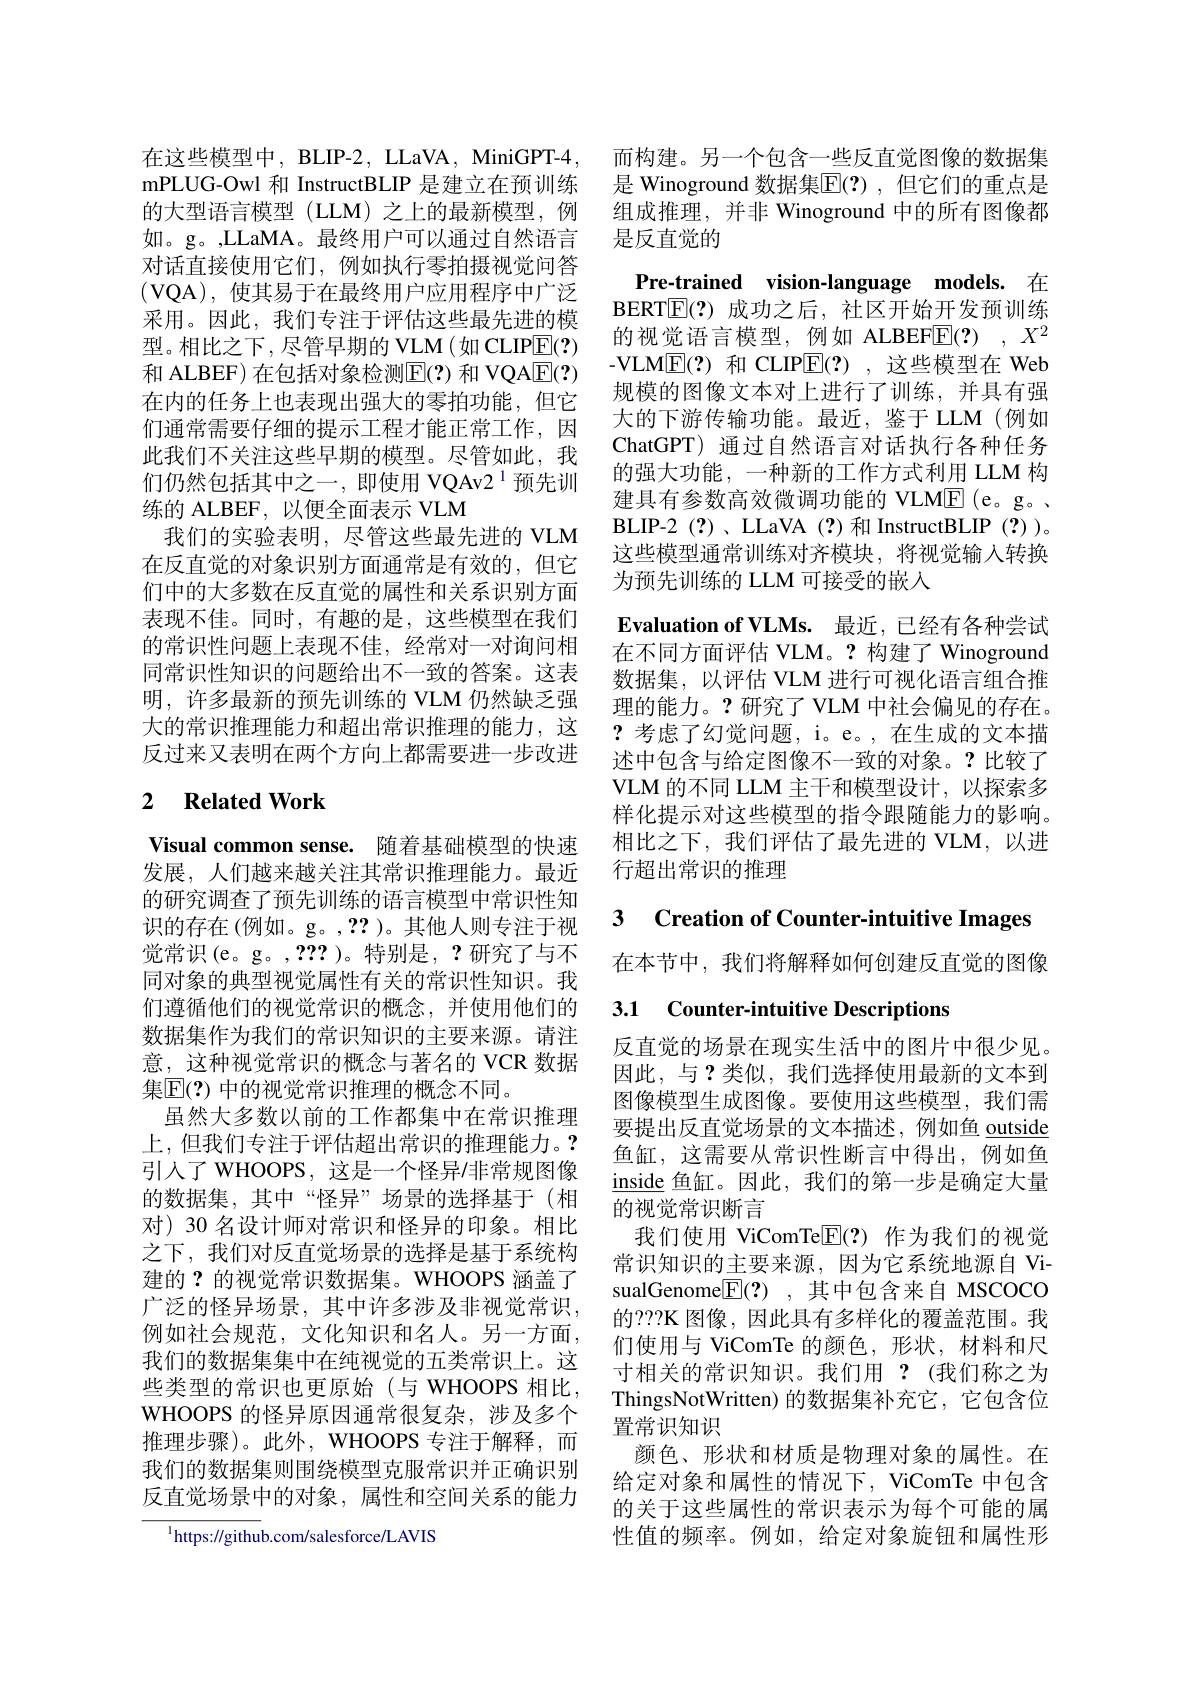
的大型语言模型(LLM)之上的最新模型，例如。g。,LLaMA。最终用户可以通过自然语言对话直接使用它们，例如执行零拍摄视觉问答(VQA),使其易于在最终用户应用程序中广泛采用。因此，我们专注于评估这些最先进的模型。相比之下，尽管早期的 VLM(如 CLIPE(?) 和 ALBEF) 在包括对象检测$\mathbb{E}(?)$ 和 VQA$\mathbb{E}(?)$ 在内的任务上也表现出强大的零拍功能，但它们通常需要仔细的提示工程才能正常工作，因此我们不关注这些早期的模型。尽管如此，我们仍然包括其中之一，即使用 VQAv2$^{1}$预先训练的 ALBEF, 以便全面表示 VLM
我们的实验表明，尽管这些最先进的 VLM 在反直觉的对象识别方面通常是有效的，但它们中的大多数在反直觉的属性和关系识别方面表现不佳。同时，有趣的是，这些模型在我们的常识性问题上表现不佳，经常对一对询问相同常识性知识的问题给出不一致的答案。这表明，许多最新的预先训练的 VLM 仍然缺乏强大的常识推理能力和超出常识推理的能力，这反过来又表明在两个方向上都需要进一步改进

## 2 $\textbf{Related Work}$

Visual common sense. 随着基础模型的快速发展，人们越来越关注其常识推理能力。最近的研究调查了预先训练的语言模型中常识性知识的存在(例如。g。,??)。其他人则专注于视觉常识(e。g。,??? )。特别是，?研究了与不同对象的典型视觉属性有关的常识性知识。我们遵循他们的视觉常识的概念，并使用他们的数据集作为我们的常识知识的主要来源。请注意，这种视觉常识的概念与著名的 VCR 数据集$\mathbb{E}(?)$ 中的视觉常识推理的概念不同。
虽然大多数以前的工作都集中在常识推理上，但我们专注于评估超出常识的推理能力。? 引入了 WHOOPS, 这是一个怪异/非常规图像的数据集，其中“怪异”场景的选择基于(相对)30名设计师对常识和怪异的印象。相比之下，我们对反直觉场景的选择是基于系统构建的？的视觉常识数据集。WHOOPS 涵盖了广泛的怪异场景，其中许多涉及非视觉常识， 例如社会规范，文化知识和名人。另一方面， 我们的数据集集中在纯视觉的五类常识上。这些类型的常识也更原始(与 WHOOPS 相比， WHOOPS 的怪异原因通常很复杂，涉及多个推理步骤)。此外，WHOOPS 专注于解释，而我们的数据集则围绕模型克服常识并正确识别反直觉场景中的对象，属性和空间关系的能力

$^{\mathrm{l}}$https://github.com/salesforce/LAVIS

在这些模型中，BLIP-2, LLaVA, MiniGPT-4, 而构建。另一个包含一些反直觉图像的数据集mPLUG-Owl 和 InstructBLIP 是建立在预训练 是 Winoground 数据集$\overline{\mathrm{E}}(?)$, 但它们的重点是
组成推理，并非 Winoground 中的所有图像都
是反直觉的

Pre-trained vision-language models. 在BERT$\boxed{\mathbb{E}}(?)$成功之后，社区开始开发预训练的视觉语言模型，例如 ALBEFE(?) $,X^2$ -VLM$\underline{\mathrm{E}}(?)$和 CLIP$\underline{\mathrm{E}}(?)$,这些模型在 Web 规模的图像文本对上进行了训练，并具有强大的下游传输功能。最近，鉴于LLM(例如ChatGPT) 通过自然语言对话执行各种任务的强大功能，一种新的工作方式利用 LLM 构建具有参数高效微调功能的 VLME(e。g。. BLIP-2(?)、LLaVA(?)和 InstructBLIP(?))。这些模型通常训练对齐模块，将视觉输入转换为预先训练的 LLM 可接受的嵌人
$\textbf{Evaluation of VLMs. 最 近 , 已 经 有 各 种 尝 试 }$ 在不同方面评估 VLM。?构建了 Winoground 数据集，以评估 VLM 进行可视化语言组合推理的能力。?研究了 VLM 中社会偏见的存在。?考虑了幻觉问题，i。e。,在生成的文本描述中包含与给定图像不一致的对象。?比较了VLM 的不同 LLM 主干和模型设计，以探索多样化提示对这些模型的指令跟随能力的影响。相比之下，我们评估了最先进的 VLM,以进行超出常识的推理

3 Creation of Counter-intuitive Images

在本节中，我们将解释如何创建反直觉的图像

3.1 Counter-intuitive Descriptions

反直觉的场景在现实生活中的图片中很少见。因此，与？类似，我们选择使用最新的文本到图像模型生成图像。要使用这些模型，我们需要提出反直觉场景的文本描述，例如鱼\_outside 鱼缸，这需要从常识性断言中得出，例如鱼$\underline{\mathrm{inside}}\underline{\text{鱼缸。因此，我们的第一步是确定大量}}$ 的视觉常识断言
我们使用 ViComTe$\boxed{\mathrm{F}}(?)$作为我们的视觉常识知识的主要来源，因为它系统地源自 VisualGenome$\boxed{\mathrm{F} }( ? )$ ,其中包含来自 MSCOCO 的？??K 图像，因此具有多样化的覆盖范围。我们使用与 ViComTe 的颜色，形状，材料和尺寸相关的常识知识。我们用 ?(我们称之为ThingsNotWritten) 的数据集补充它，它包含位置常识知识
颜色、形状和材质是物理对象的属性。在给定对象和属性的情况下，ViComTe 中包含的关于这些属性的常识表示为每个可能的属性值的频率。例如，给定对象旋钮和属性形